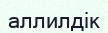
аллилдік